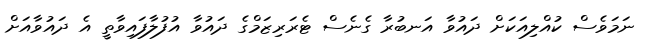
ނަމަވެސް ކުއްލިއަކަށް ދައުވާ އަނބުރާ ގެނެސް ޓެރަރިޒަމްގެ ދައުވާ އުފުލާފައިވާތީ އެ ދައުވާއަށް